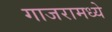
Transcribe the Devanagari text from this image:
गाजरामध्ये